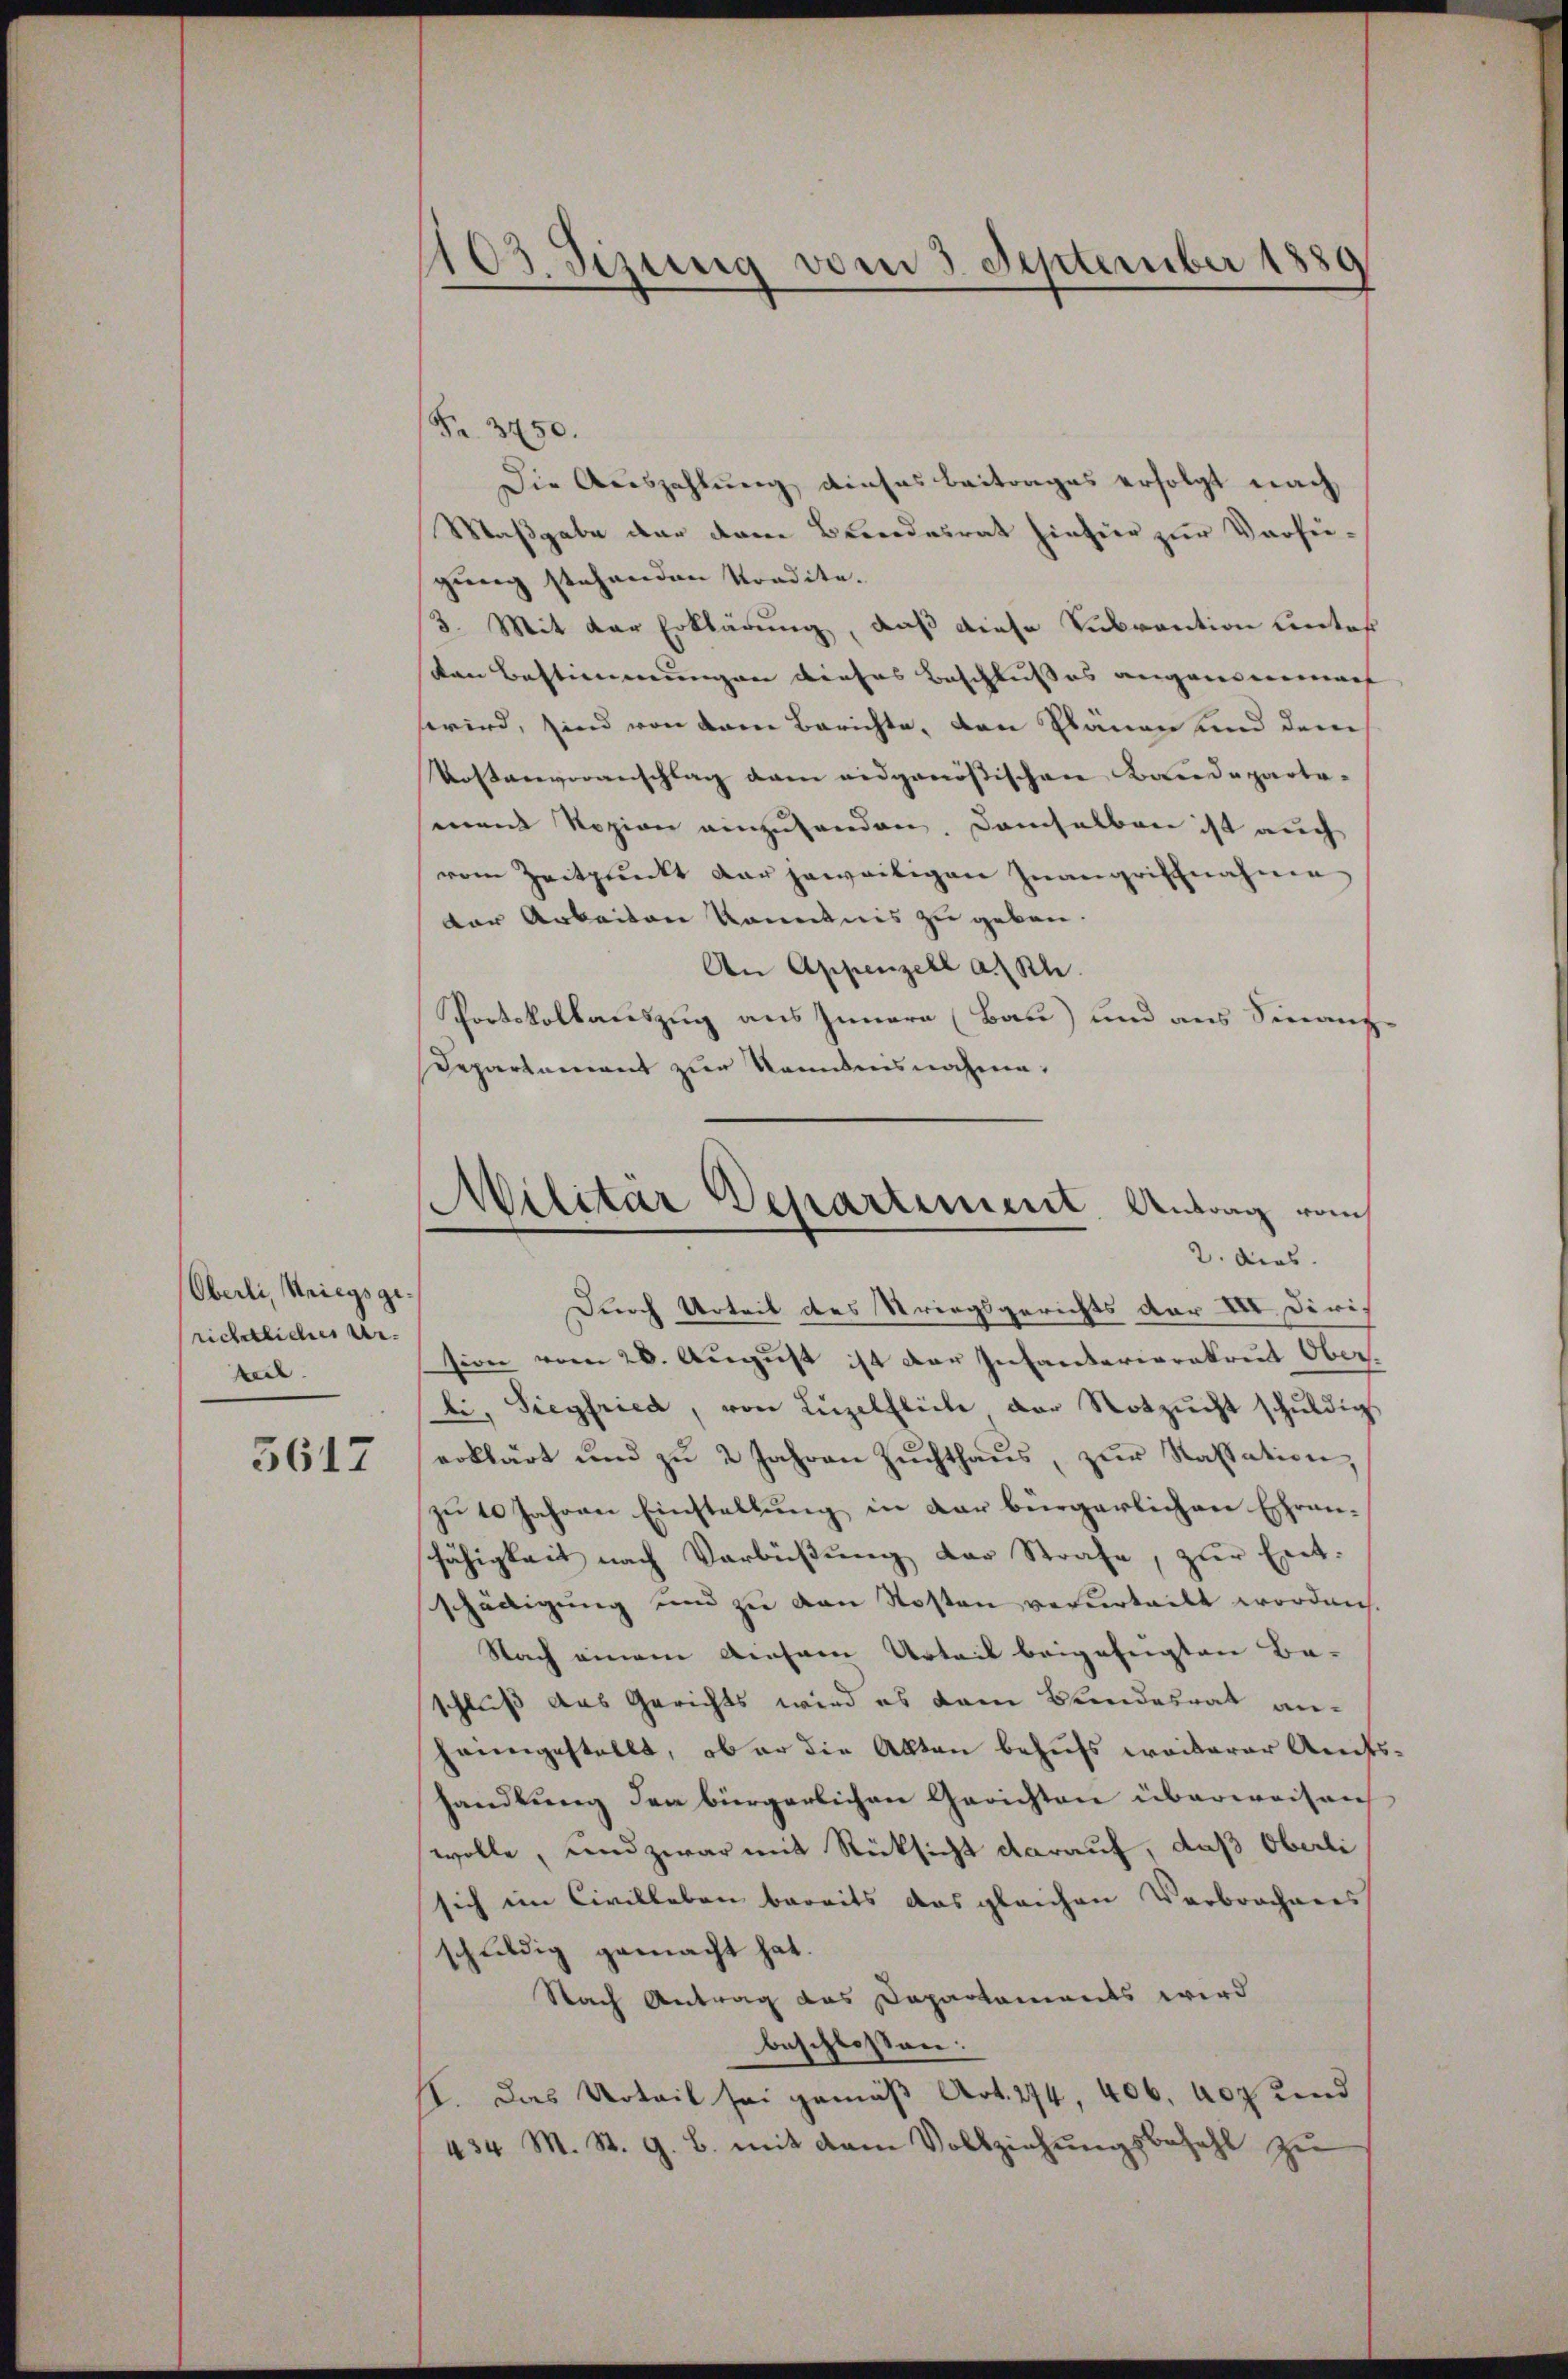
Oberli, Kriegsgerichtliches Urteil

5617

Fr. 3450.
Die Auszahlung dieses Beitrages erfolgt nach
Maßgabe dar dem Bundesrat hinhier zur Vorsie
gung stehenden Vordite.
3. Mit der Erklärung, daß diese Subvention unter
kan Bestimmungen dieses Beschlußes angenommach
wird, sind von dem Berichte, den Planen und dem
Kostenveranschlag vom eidgenößischen Baudeparta-
mnent Rozion einzuhanden. Demselben ist auch
vom Zeitpunkt der jeweitigen Inangriffnahme
der Arbeiten kanntnis zu geben.
An Appenzell a. Rh.
Portskollauszug aus Innern (Bau) und aus Finanz¬
Departement zur Kenntensnahme:

103. Sizung vom 3. September 1880

Militär Departiment. Antrag vom
2. ders.

Durch Urteil des Striegsgerichts der VII. Dirision vom 20. August ist der Infanterioratreit Ober-
li, Siegfried, von Lŭzelfliche der Notzŭcht schŭldig
erklärt und zŭ 2 Jahren Zŭchthaŭs zŭr Kassation
zu 10 Jahren Einstellung in der bürgerlichen Ehren-
fähigkeit nach Verbüßung der Strafe, zur Ent-
schädigung und zu den Kosten verurteilt worden.
Nach einem diesem Urteil beigefügten Be-
schluß das Gerichts wird es dem Bundesrat anheimgestellt, ob er die Akten behufs weiterer Amtshandlung den bürgerlichen Gerichten überweisen
wolle, und zwar mit Rücksicht darauf, daß Oberli
sich im Civilleben bereits das gleichen Verbrochenes
schuldig gemacht hat.
Nach Antrag das Dapartements wird
beschlossen:
II. Das Urteil sei gemäß Art. 274, 406, Abt und
434 M. St. G. B. mit dem Vollziehŭngsbezahl zŭ